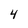
Character: 4